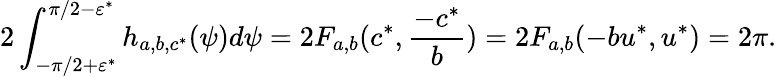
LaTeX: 2\int_{-\pi/2+\varepsilon^{*}}^{\pi/2-\varepsilon^{*}}h_{a,b,c^{*}}(\psi)d\psi=2F_{a,b}(c^{*},\frac{-c^{*}}{b})=2F_{a,b}(-bu^{*},u^{*})=2\pi.